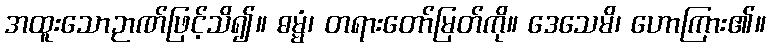
အထူးသောဉာဏ်ဖြင့်သိ၍။ ဓမ္မံ၊ တရားတော်မြတ်ကို။ ဒေသေမိ၊ ဟောကြား၏။